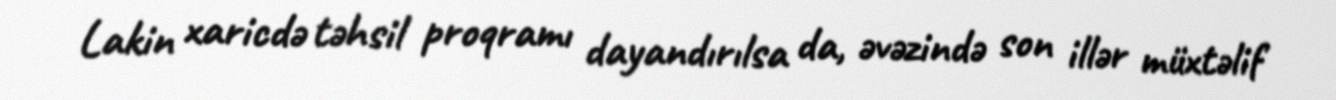
Lakin xaricdə təhsil proqramı dayandırılsa da, əvəzində son illər müxtəlif